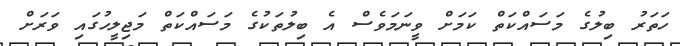
ހަތަރު ބިލުގެ މަސައްކަތް ކަމަށް ވީނަމަވެސް އެ ބިލުތަކުގެ މަސައްކަތް މަޖިލީހުގައި ވަރަށް